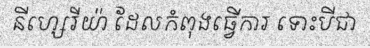
នីហ្សេរីយ៉ា ដែលកំពុងធ្វើការ ទោះបីជា